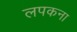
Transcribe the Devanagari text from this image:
लपकना